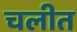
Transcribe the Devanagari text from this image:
चलीत